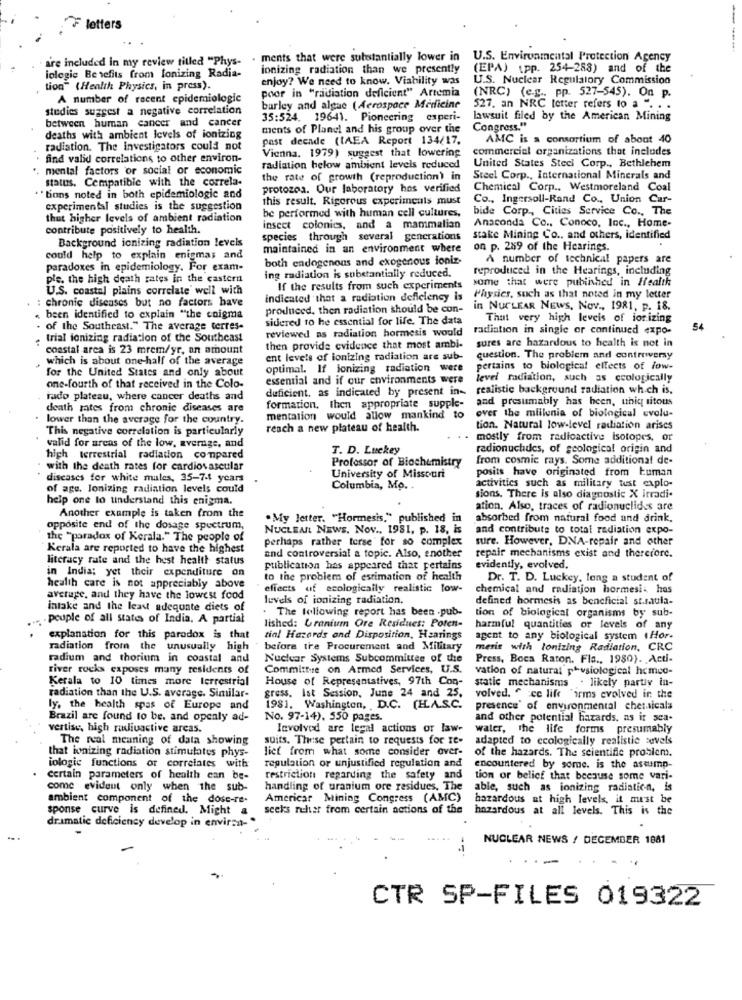
F letters
are included in my review titled "Phys-
. ments that were substantially lower in U.S. Environmental Protection Agency
ionizing radiation than we presently
(EPA) (pp. 254-283) and of the
iolegie Benefits from Ionizing Radia-
enjoy? We need to know. Viability was
U.S. Nuclear Regulatory Commission
tion" (Health Physics, in press).
poor in "radiation deficient" Artemia
A number of recent epidemiologic
(NRC) (e.g ., pp. 527-545). On p.
studies suggest a negative correlation
barley and algae (Aerospace Medicine
527. an NRC letter refers to a ". . .
between human cancer and cancer
35:524. 19641. Pioneering experi-
lawsuit filed by the American Mining
ments of Planel and his group over the
Congress."
deaths with ambient levels of ionizing
past decade (IAEA Report 134/17.
AMC is a consortium of about 40
radiation. The Investigators could not
Vienna. 1979) suggest that lowering
commercial organizations that includes
find valid correlations to other environ-
mental factors or social or economic
radiation below ambient levels reduced
United States Steel Corp ., Bethlehem
status. Compatible with the correla-
the rate of growth (reproduction) in
Steel Corp ., International Minerals and
protozoa. Our laboratory has verified
Chemical Corp ., Westmoreland Coal
""tions noted in both epidemiologic and
this result. Rigorous experiments must
Co ., Ingersoll-Rand Co ., Union Car-
experimental studies is the suggestion
be performed with human cell cultures,
bide Corp ., Cities Service Co ., The
that higher levels of ambient radiation
Anaconda Co ., Conoco. Inc ., Home-
contribute positively to health.
insect colonics, and a mammalian
Background ionizing radiation levels
species through several generations
stake Mining Co ., and others, identified
maintained in an environment where
on p. 289 of the Hearings.
could help to explain enigmas and
both endogenous and exogenous ioniz-
A number of technical papers are
paradoxes in epidemiology. For exam-
ing radiation is substantially reduced.
reproduced in the Hearings, including
ple. the high death rates in the castern
some that were published in Health
U.S. coastal plains correlate well with
If the results from such experiments
: chronic diseases but no factors have
indicated that a radiation deffelency is
Physics, such as that noted in my letter
produced, then radiation should be con-
in NUCLEAR NEWS, NOV ., 1981, P. 18.
« been identified to explain "the enigma
sidered to he essential for life. The data
That very high levels of iorizing
of the Southeast." The average terres-
reviewed as radiation hormesis would
radiation in single or continued expo-
54
trial ionizing radiation of the Southeast
coastal area is 23 mrem/yr, an amount
then provide evidence that most ambi-
sures are hazardous to health is not in
which is about one-half of the average
ent levels of ionizing radiation are sub-
question. The problem and controversy
for the United States and only about
optimal. If ionizing radiation were
pertains to biological effects of low-
essential and if our environments were
level radiation, such as ceologically
one-fourth of that received in the Colo-
deficient, as indicated by present in-
realistic background radiation which is,
rado plateau, where cancer deaths and
and presumably has been, uniq titous
death mates from chronic diseases are
formation, then appropriate supple-
over the mlilenia of biological evolu-
lower than the average for the country.
mentation would allow mankind to
This negative correlation is particularly
reach a new plateau of health.
tion. Natural low-level radiation arises
mostly from radioactive Isotopes, or
valid for areas of the low, average, and
T. D. Luckey
radionuclides, of geological origin and
high terrestrial radiation compared
Professor of Biochemistry
from cosmic rays. Some additional de-
with the death rates for cardiovascular
posits have originated from human
discascs for white males, 35-7-4 years
University of Missouri
activities such as military tust explo-
of age, Jonizing radiation levels could
Columbia, Mo.
help one to understand this enigma.
sions. There is also diagnostic X irradi-
Another example is taken from the
ation. Also, traces of radionuclides are
.My letter. "Hormesis," published in
absorbed from natural food and drink.
opposite end of the dosage spectrum,
NUCLEA NEWS. Nov ., 1981, p. 18, is
and contribute to total radiation expo-
the "paradox of Kerala." The people of
perhaps rather torse for so complex
sure. However, DNA-repair and other
Kerala are reported to have the highest
and controversial a topic. Also, another
literacy rate and the hest health status
repair mechanisms exist and therefore.
in India; yet their expenditure on
publication has appeared that pertains
evidently, evolved.
to the problem of estimation of health
Dr. T. D. Luckey, long a student of
health care is not appreciably above
effects of ecologically realistic low-
chemical and radiation hormesi. has
average, and they have the lowest food
levels of ionizing radiation,
defined hormesis as beneficial st.mula-
intake and the least adequate diets of
. The following report has been .pub-
.peuple of all states of India, A partial
tion of biological organisms by sub-
lished: Uranium Ore Residues: Poten-
harmful quantities or levels of any
explanation for this paradox is that
tial Hazards and Disposition, Hearings
agent to any biological system 1Hor-
radiation from the unusually high
before the Procurement and Military
meris with lonizing Radiation, CRC
radium and thorium in coastal and
Nuclear Systems Subcommittee of the
Press, Boca Raton. Fla ., 1980). Acti-
river rocks exposes many residents of
Committee on Armed Services, U.S.
vation of natural physiological hemco-
Kerala to 10 times more terrestrial
House of Representatives, 97th Con-
static mechanisms . likely partly in-
radiation than the U.S. average. Similar-
gress. Ist Session, June 24 and 25,
volved. " ce life "arms evolved in the
ly. the health spas of Europe and
1981. Washington, D.C. [H.A.S.C.
presence of environmental chetaicals
Brazil are found to be. and openly ad-
No. 97-14). 550 pages.
and other potential hazards, as it sca-
vertise, high radiuactive areas.
Involved are legal actions of law-
water, the life forms presumably
The real meaning of data showing
suits. These pertain to requests for Ie-
adapted to ccologically realistic sevels
that ionizing radiation stimulates phys-
liet from what some consider over-
of the hazards. The scientific problem.
iologie functions of correlates with
regulation or unjustified regulation and
encountered by some. is the astump-
Certain parameters of health can be-
restriction regarding the safety and
tion or belief that because some vari-
come evident only when the sub-
handling of uranium ore residues. The
able, such as ionizing radiation, is
ambient component of the dose-re-
Americar Mining Congress (AMC)
hazardous at high levels, it must be
sponse curve is defined. Might &
seeks rucher from certain actions of the
hazardous at all levels. This is the
dramatic deficiency develop in envirsa-
NUCLEAR NEWS / DECEMBER 1881
CTR SP-FILES 019322